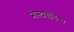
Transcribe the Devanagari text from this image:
प्रोस्टाग्लैंडिन्स